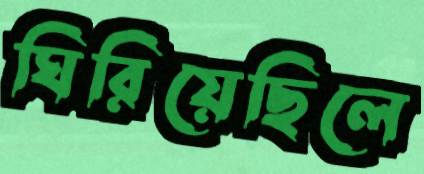
ঘিরিয়েছিলে